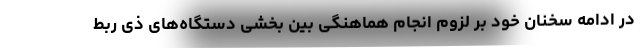
در ادامه سخنان خود بر لزوم انجام هماهنگی بین بخشی دستگاه‌های ذی ربط